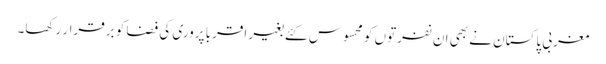
مغربی پاکستان نے بھی ان نفرتوں کو محسوس کئے بغیر اقربا پروری کی فضا کو برقرار رکھا۔